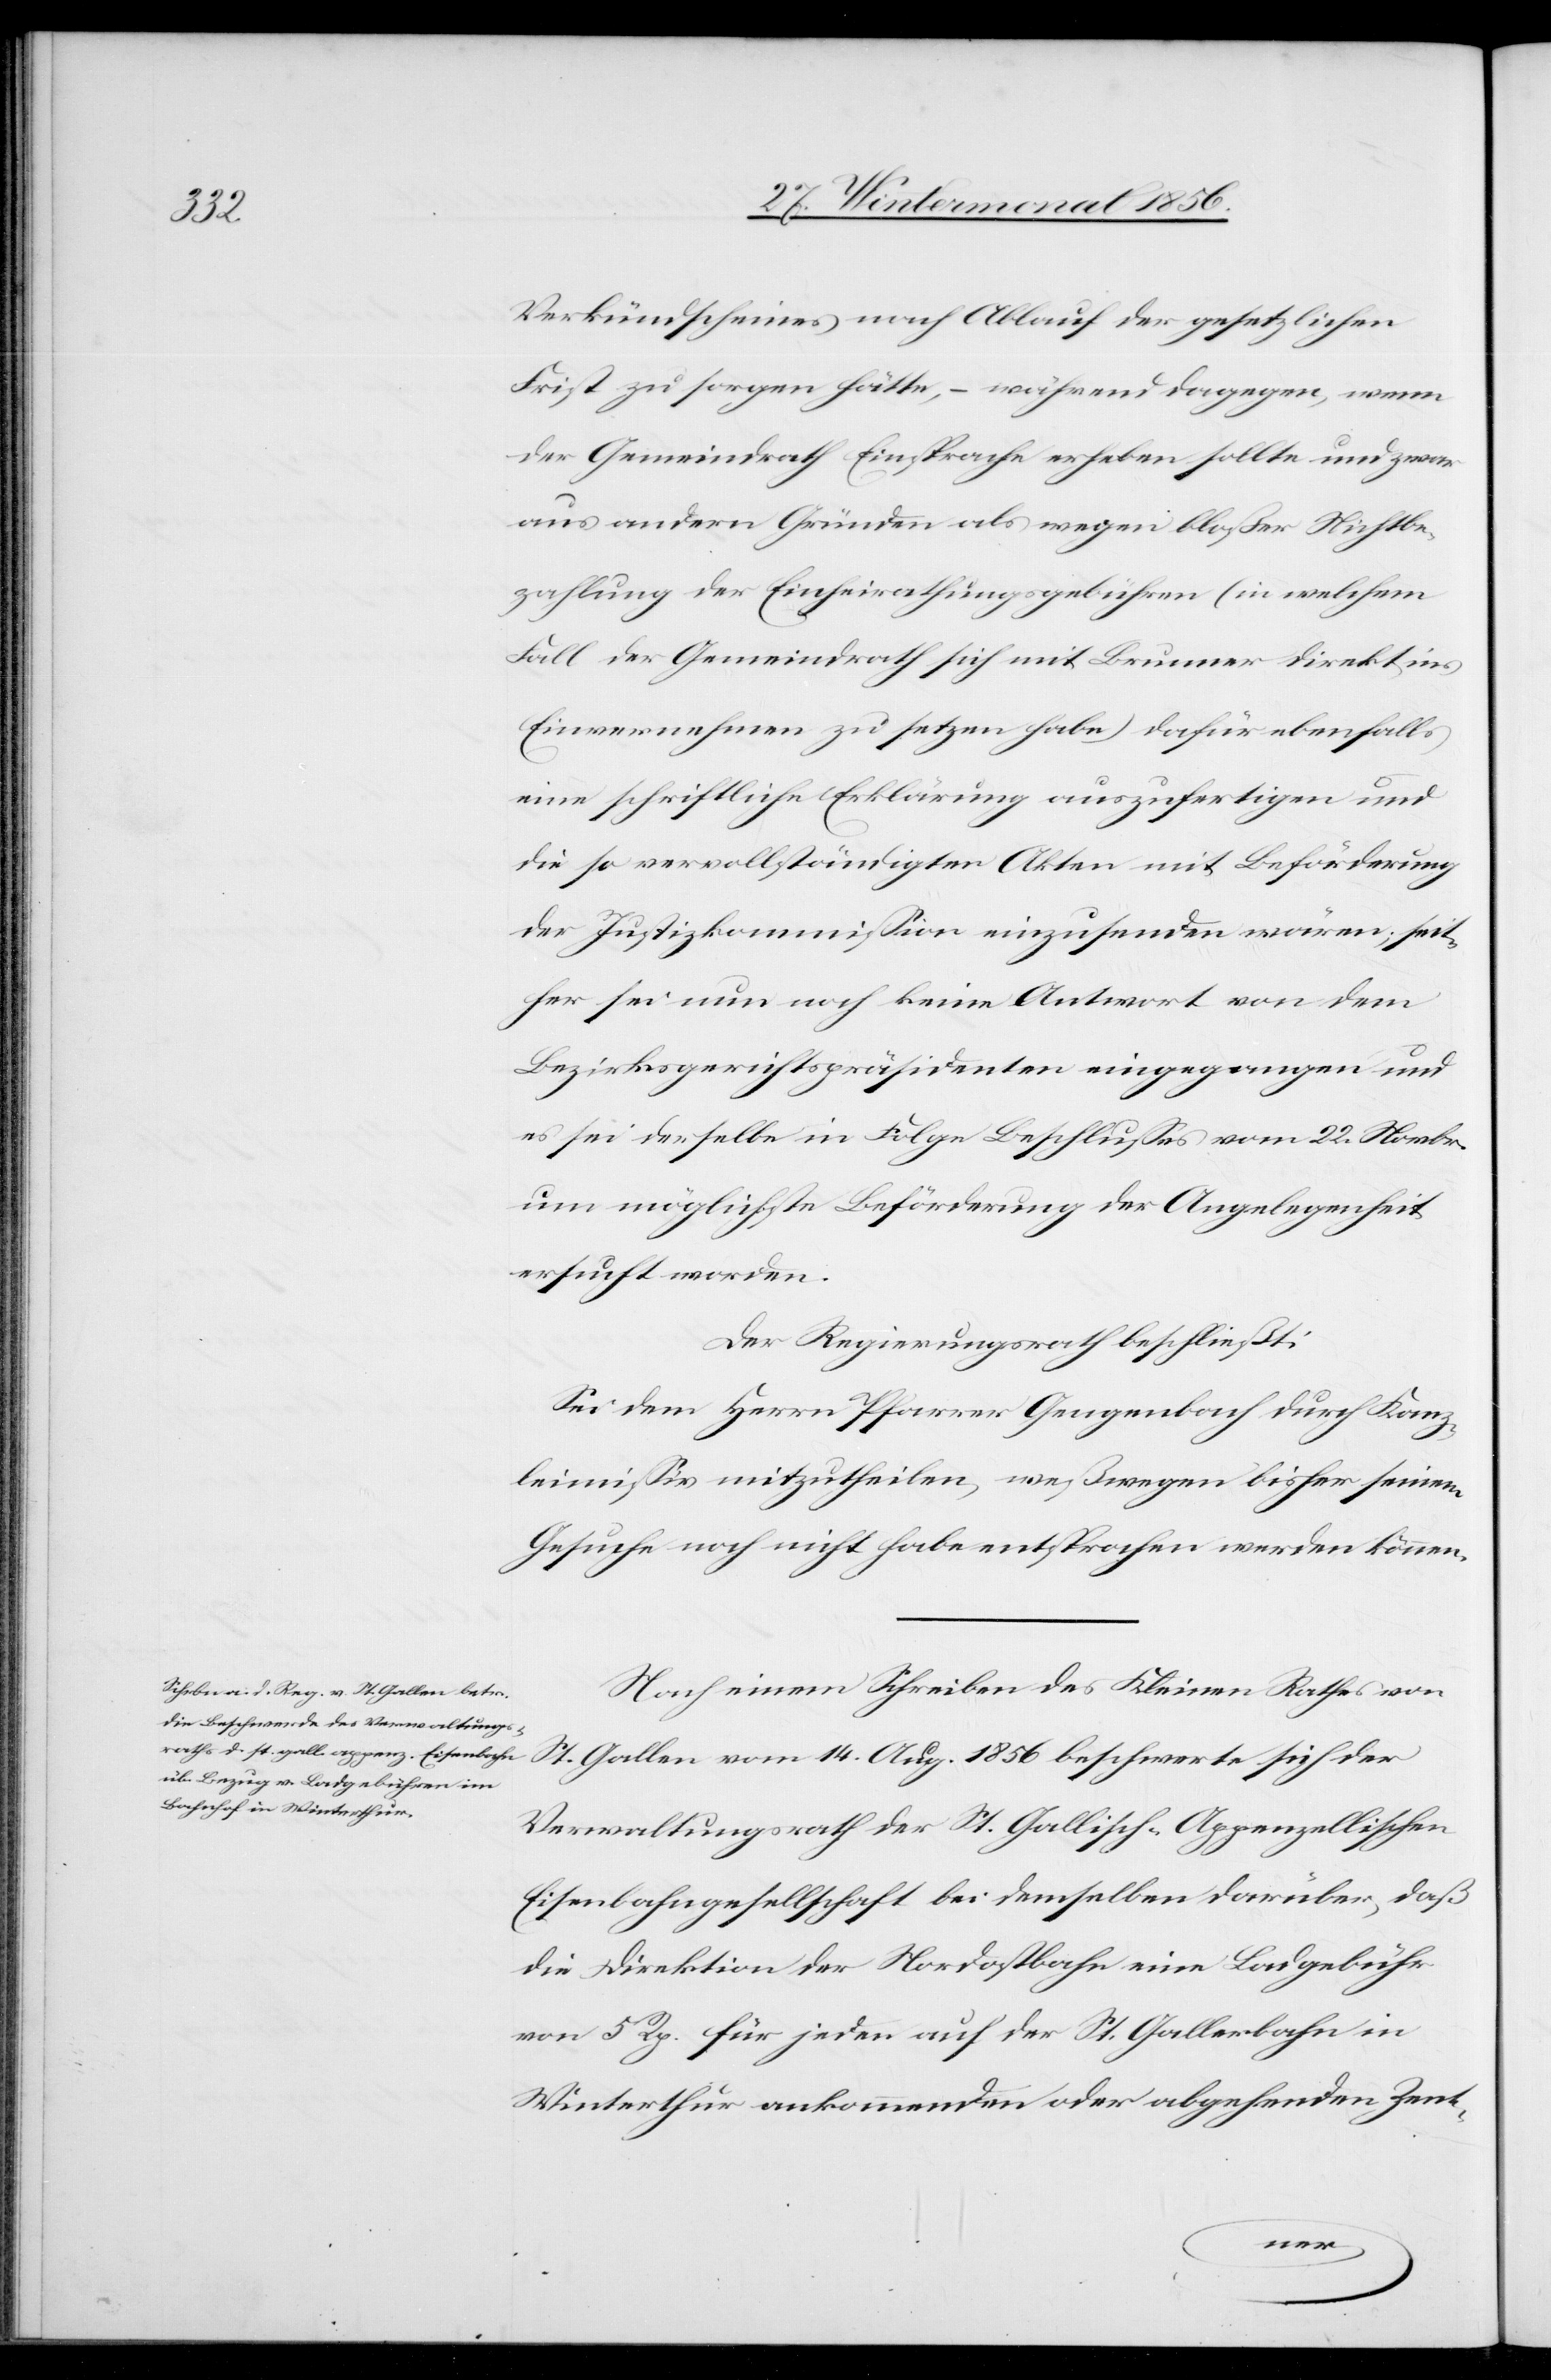
Verkündscheines nach Ablauf der gesetzlichen
Frist zu sorgen hätte, – während dagegen, wenn
der Gemeindrath Einsprache erheben sollte und zwar
aus andern Gründen als wegen bloßer Nichtbe¬
zahlung der Einheirathungsgebühren (in welchem
Fall der Gemeindrath sich mit Brunner direkt in
Einvernehmen zu setzen habe) dafür ebenfalls
eine schriftliche Erklärung auszufertigen und
die so vervollständigten Akten mit Beförderung
der Justizkommission einzusenden wären; seit¬
her sei nun noch keine Antwort von dem
Bezirksgerichtspräsidenten eingegangen und
es sei derselbe in Folge Beschlusses vom 22. Novbr.
um mögliche Beförderung der Angelegenheit
ersucht worden.
Der Regierungsrath beschließt:
Sei dem Herrn Pfarrer Gengenbach durch Kanz¬
leimissiv mitzutheilen, weßwegen bisher seinem
Gesuche noch nicht habe entsprochen werden können.
Nach einem Schreiben des Kleinen Rathes von
St. Gallen vom 14. Aug. 1856 beschwerte sich der
Verwaltungsrath der St. Gallisch-Appenzellischen
Eisenbahngesellschaft bei demselben darüber, daß
die Direktion der Nordostbahn eine Ladgebühr
von 5 Rp. für jeden auf der St. Gallerbahn in
Winterthur ankommenden oder abgehenden Zent-